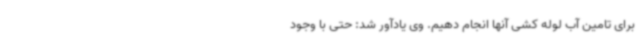
برای تامین آب لوله کشی آنها انجام دهیم. وی یادآور شد: حتی با وجود